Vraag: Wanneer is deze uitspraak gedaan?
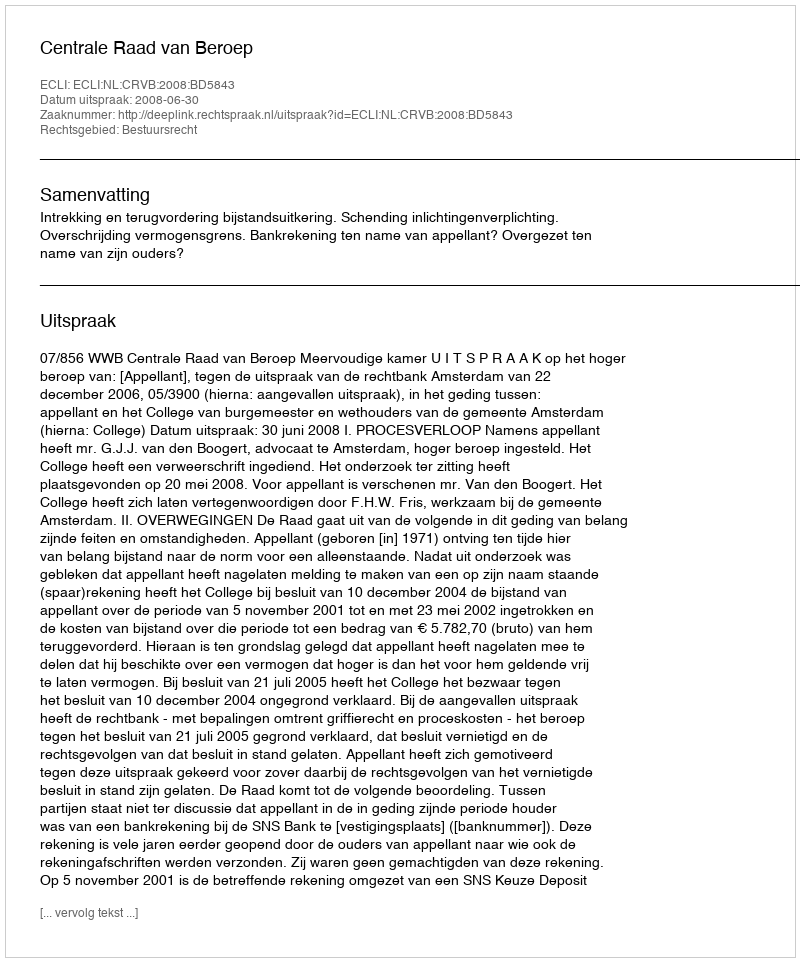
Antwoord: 2008-06-30